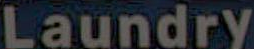
Laundry